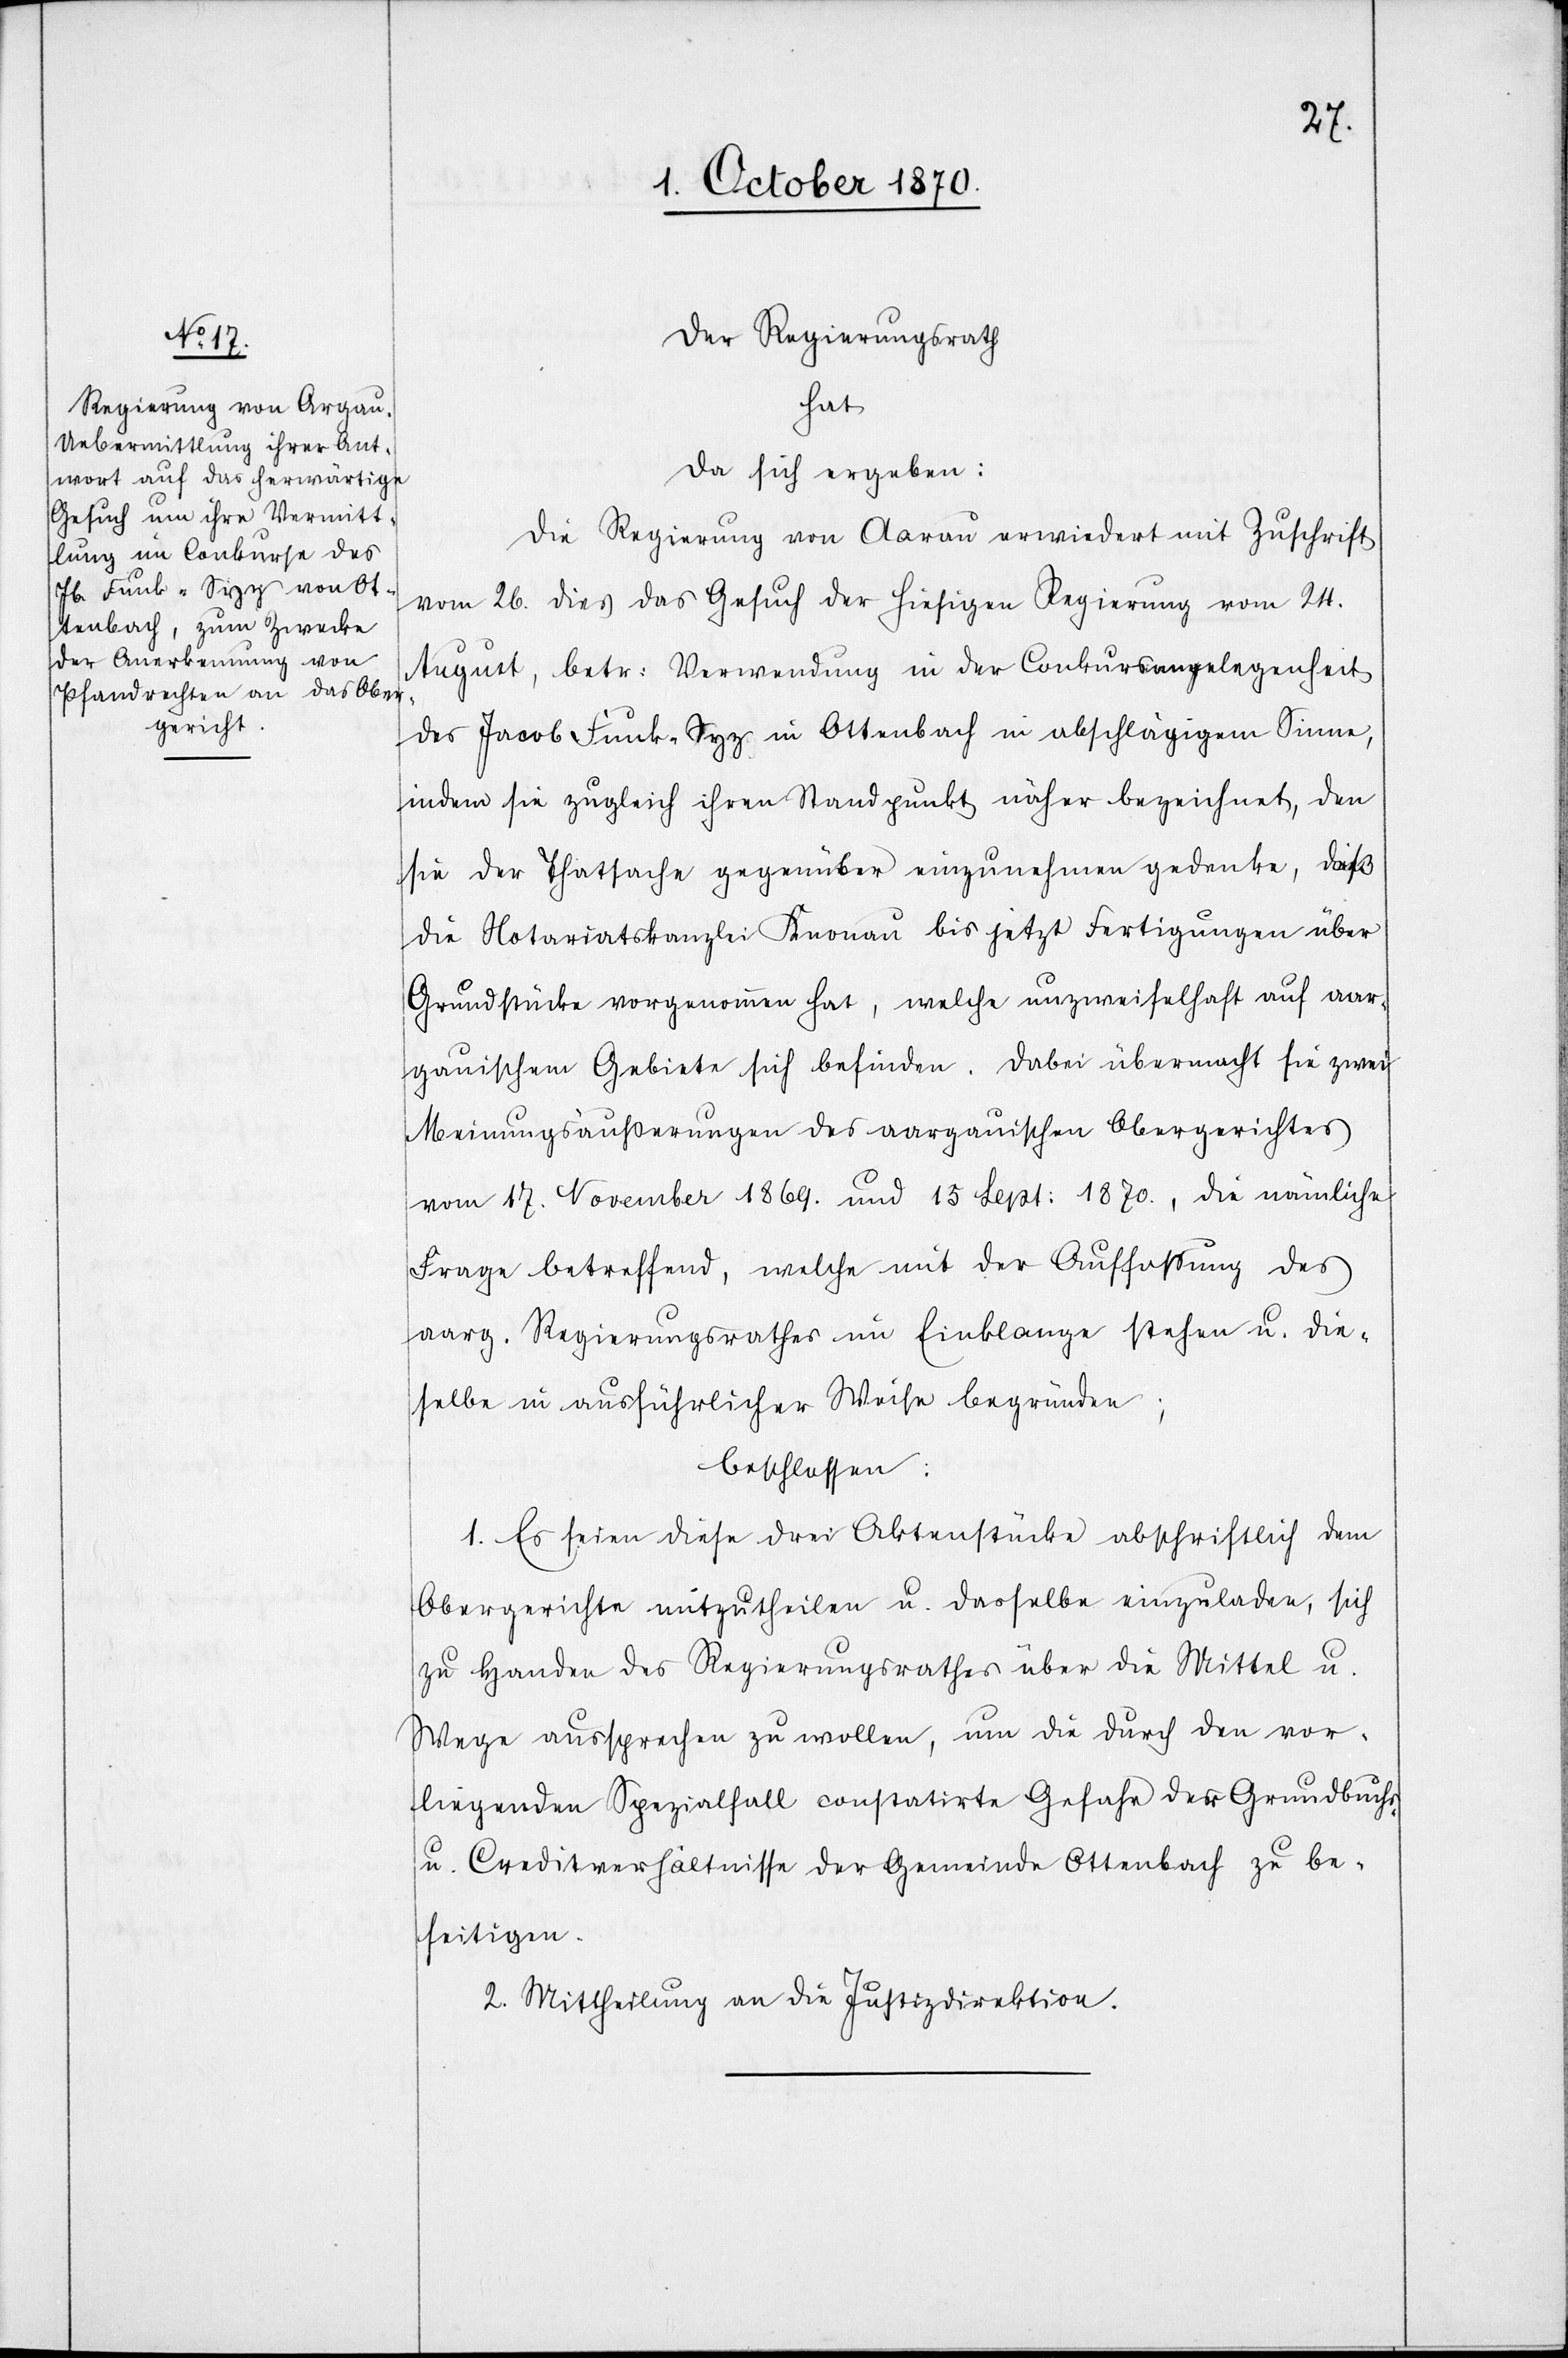
Der Regierungsrath
hat
da sich ergeben:
Die Regierung von Aarau erwiedert mit Zuschrift
vom 26. dies das Gesuch der hiesigen Regierung vom 24.
August, betr: Verwendung in der Conkursangelegenheit
des Jacob Funk-Sigg in Ottenbach in abschlägigem Sinne,
indem sie zugleich ihren Standpunkt näher bezeichnet, den
sie der Thatsache gegenüber einzunehmen gedenke, daß
die Notariatskanzlei Knonau bis jetzt Fertigungen über
Grundstücke vorgenommen hat, welche unzweifelhaft auf aar¬
gauischem Gebiete sich befinden. Dabei übermacht sie zwei
Meinungsäußerungen des aargauischen Obergerichtes
vom 17. November 1869. und 15. Sept: 1870, die nämliche
Frage betreffend, welche mit der Auffassung des
aarg. Regierungsrathes im Einklange stehen u. die¬
selbe in ausführlicher Weise begründen;
beschlossen:
1. Es seien diese drei Aktenstücke abschriftlich dem
Obergerichte mitzutheilen u. dasselbe einzuladen, sich
zu Handen des Regierungsrathes über die Mittel u.
Wege aussprechen zu wollen, um die durch den vor¬
liegenden Spezialfall constatirte Gefahr der Grundbuchs-
u. Creditverhältnisse der Gemeinde Ottenbach zu be¬
seitigen.
2. Mittheilung an die Justizdirektion.